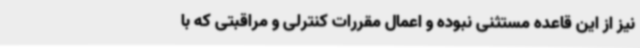
نیز از این قاعده مستثنی نبوده و اعمال مقررات کنترلی و مراقبتی که با